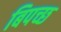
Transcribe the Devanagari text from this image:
बिपच्छ